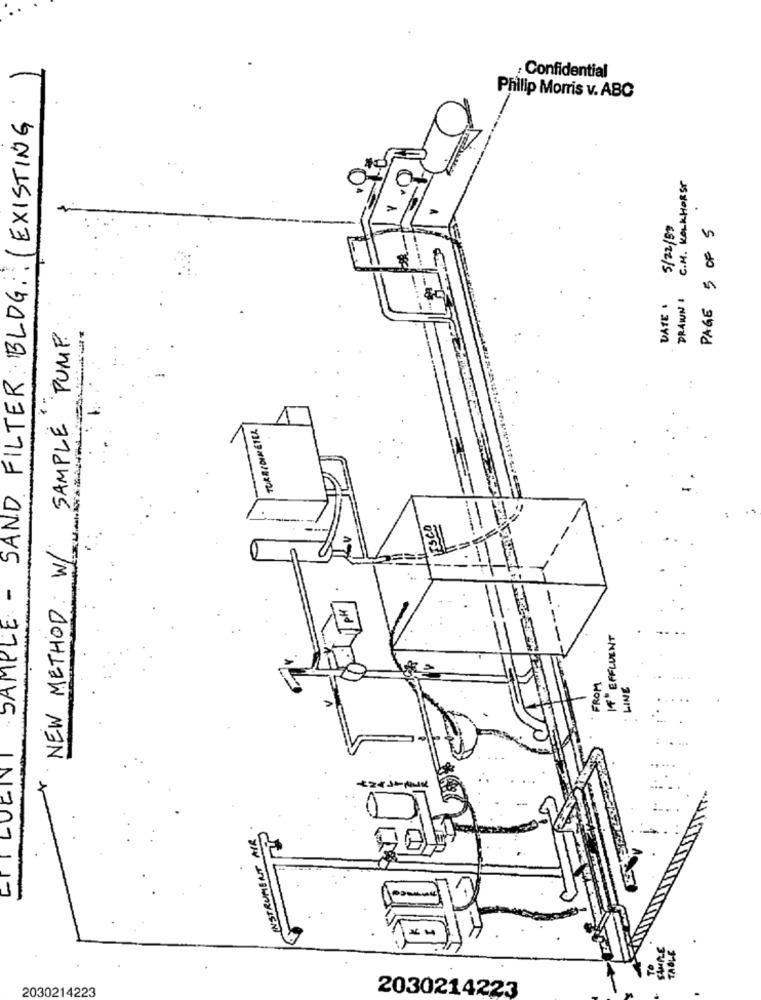
: Confidential
Philip Morris v. ABC
SAMPLE - SAND FILTER: BLOG :: ( EXISTING
C.M. KALKHORST
5/22/59
PAGE 5 OF 5
DATE .
DRAWN 1
NEW METHOD: W/ SAMPLE PUMP
TURRIDIMETER
IT EFFLUENT
FROM
LINE
LUEINI
RUMENT MI
2030214223
2030214223